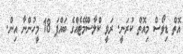
އޮތް ޑިވޯސް މިއޮތް ކުރަނީ. ރަވީ ކްލާސްމޭޓެއްގެ ބައްޕަ 18 މީހުންނާ އިން.